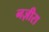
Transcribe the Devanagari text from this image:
नज़ीरा